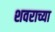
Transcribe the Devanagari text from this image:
शवराच्या